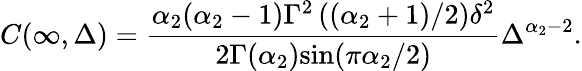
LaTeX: C(\infty,\Delta)=\frac{\alpha_{2}(\alpha_{2}-1)\Gamma^{2}\left((\alpha_{2}+1)/2\right)\delta^{2}}{2\Gamma(\alpha_{2})\mathrm{sin}(\pi\alpha_{2}/2)}\Delta^{\alpha_{2}-2}.